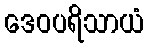
ဒေဝပရိသာယံ